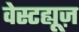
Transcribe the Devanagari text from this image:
वेस्टह्यूज़